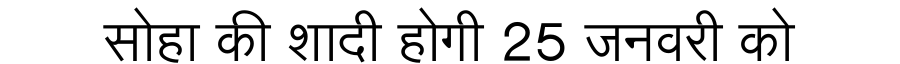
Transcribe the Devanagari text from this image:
सोहा की शादी होगी 25 जनवरी को